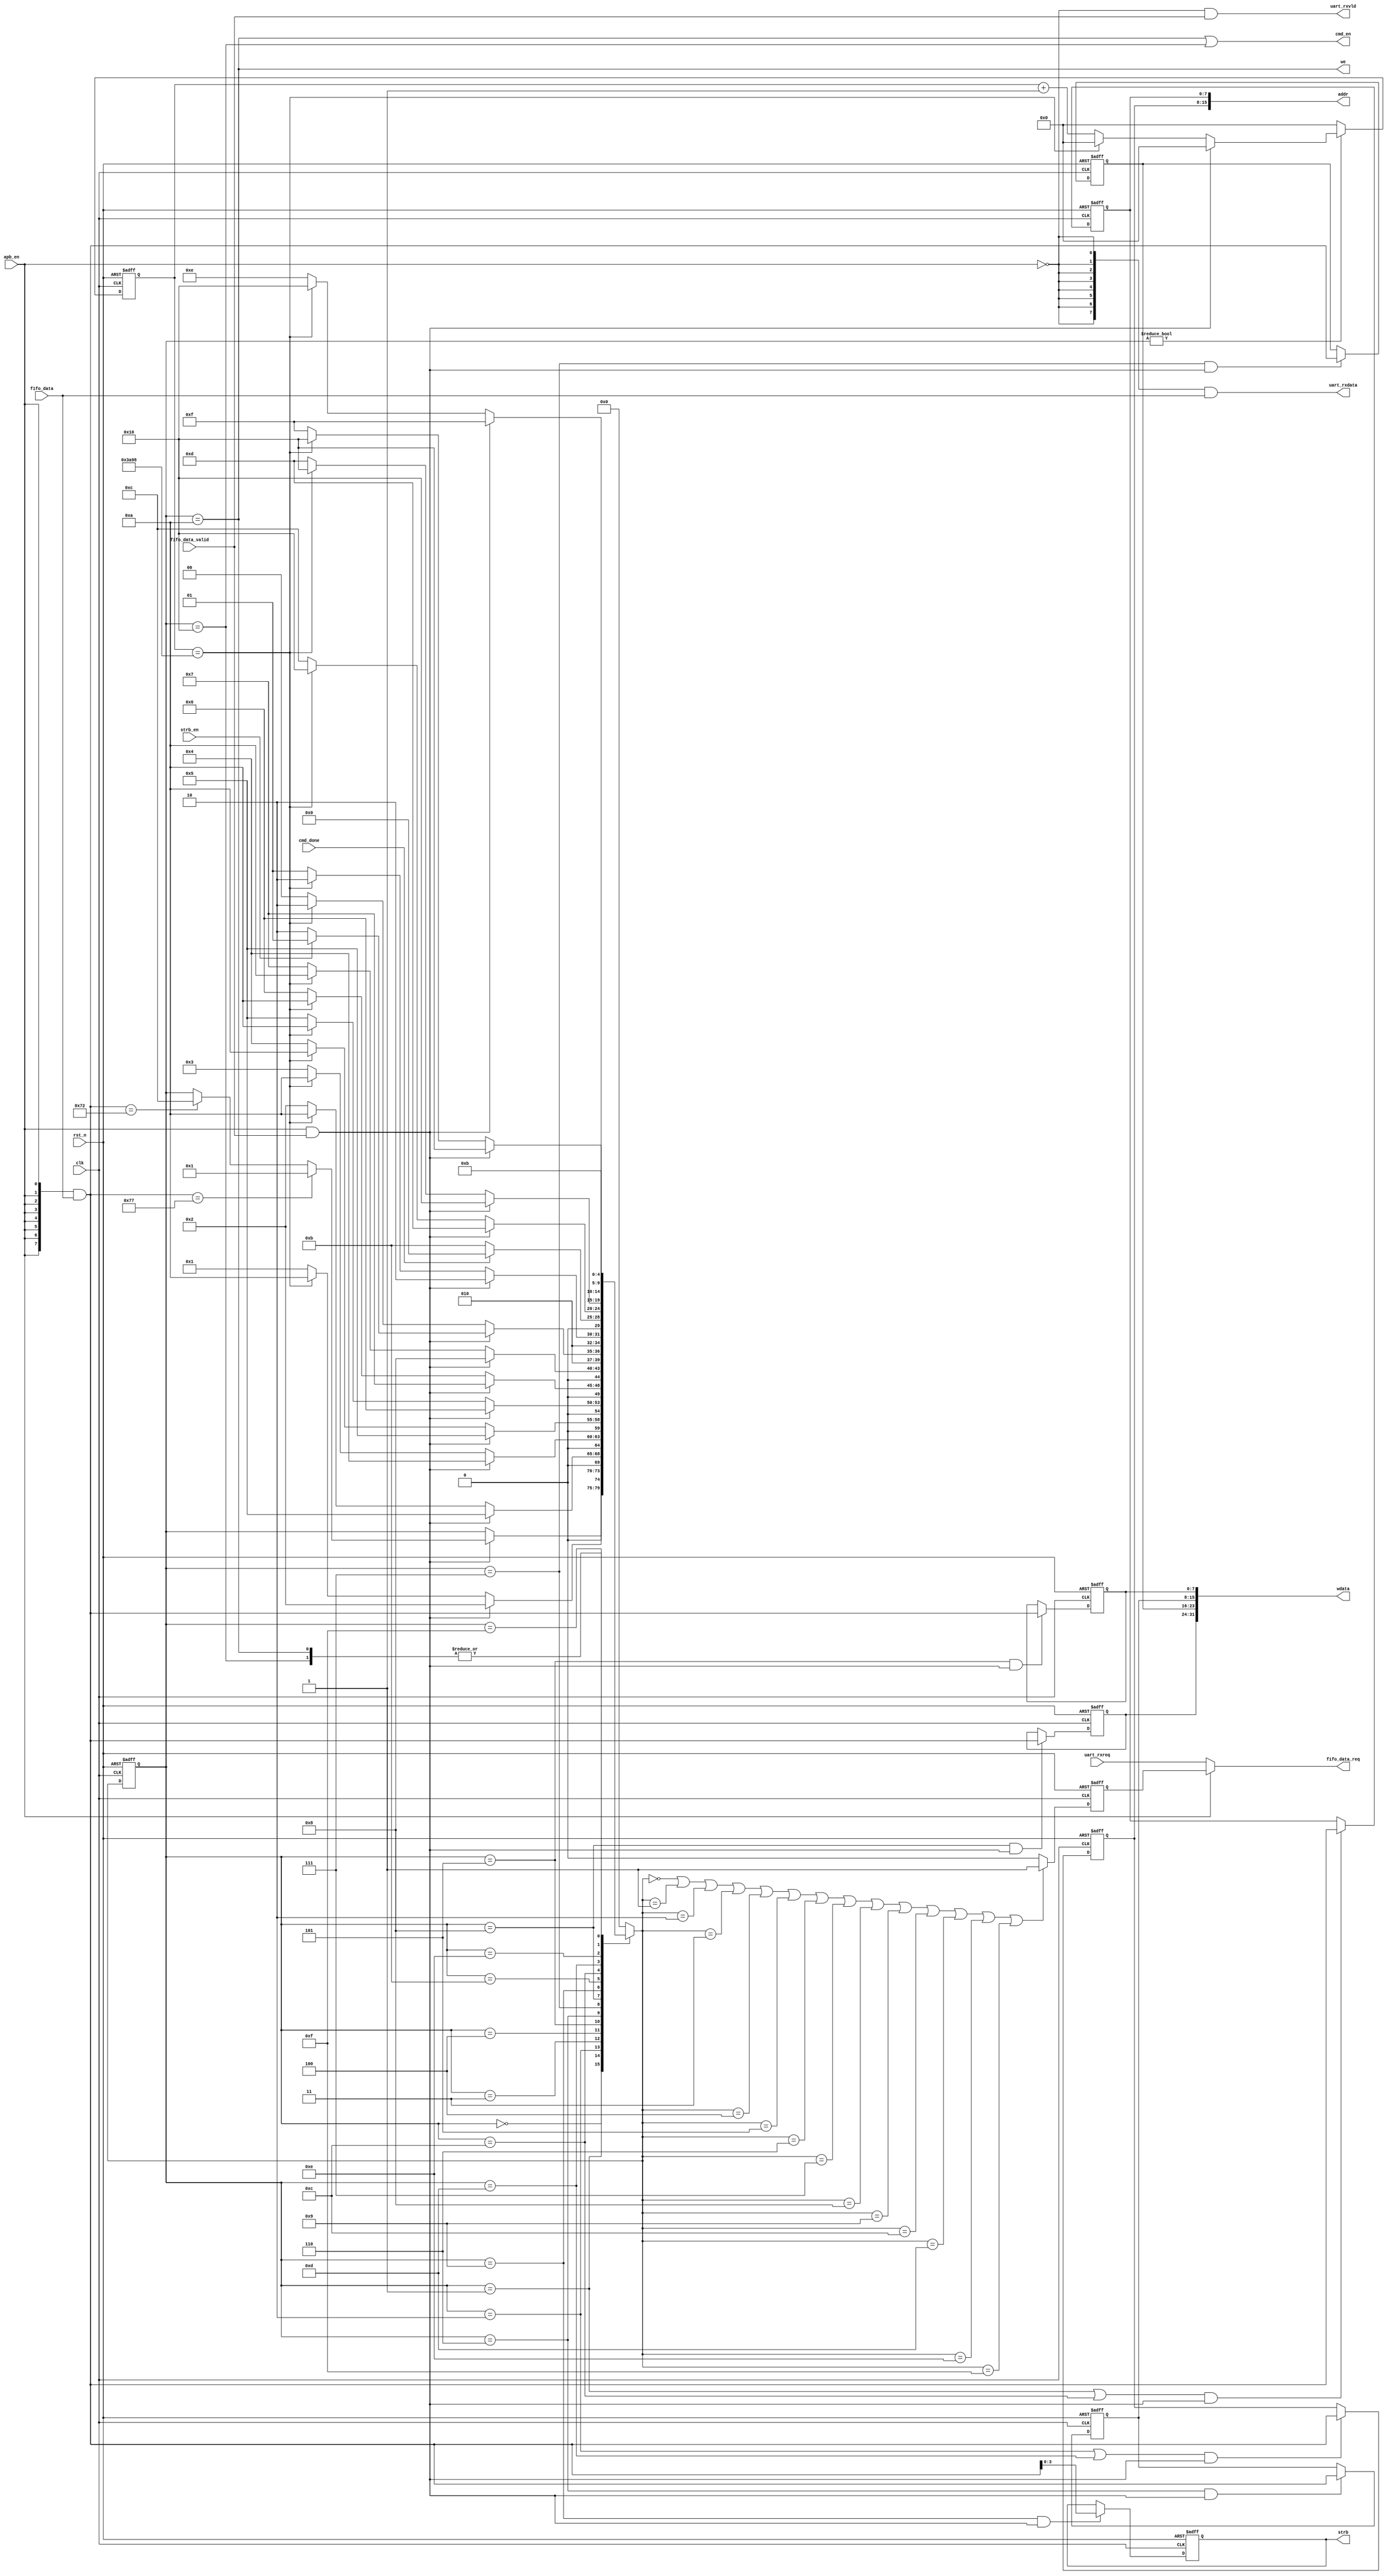
//******************************************************************
// Copyright (c) 2014 PANGO MICROSYSTEMS, INC
// ALL RIGHTS REVERVED.
//******************************************************************
`timescale 1ns/1ns
module pgr_cmd_parser_32bit#(
    parameter AW = 8'd16,
    parameter DW = 8'd32,
    parameter SW = 8'd4,
    parameter CLK_FREQ = 8'd50
)
(
    input               clk,
    input               rst_n,

    input               apb_en,
    input               strb_en,

    input       [7:0]   fifo_data,
    input               fifo_data_valid,
    output              fifo_data_req,

    output  reg [SW-1:0]  strb,
    output      [AW-1:0]  addr,
    output      [DW-1:0]  wdata,
    output                we,

    output                cmd_en,
    input                 cmd_done,

    input                  uart_rxreq,
    output        [7:0]    uart_rxdata,
    output                 uart_rxvld

);

localparam ST_IDLE      = 5'd0;
localparam ST_W_ADDR_B0 = 5'd1;
localparam ST_W_ADDR_B1 = 5'd2;
localparam ST_W_ADDR_B2 = 5'd3;
localparam ST_W_ADDR_B3 = 5'd4;
localparam ST_W_DATA_B0 = 5'd5;
localparam ST_W_DATA_B1 = 5'd6;
localparam ST_W_DATA_B2 = 5'd7;
localparam ST_W_DATA_B3 = 5'd8;
localparam ST_W_STRB    = 5'd9;
localparam ST_W_CMD     = 5'd10;
localparam ST_WAIT      = 5'd11;
localparam ST_R_ADDR_B0 = 5'd12;
localparam ST_R_ADDR_B1 = 5'd13;
localparam ST_R_ADDR_B2 = 5'd14;
localparam ST_R_ADDR_B3 = 5'd15;
localparam ST_R_CMD     = 5'd16;

localparam ASC_w = 8'h77;
localparam ASC_r = 8'h72;

reg     [4:0]   crt_st;
reg     [4:0]   nxt_st;

reg     [7:0]   addr_b0;
reg     [7:0]   addr_b1;
reg     [7:0]   addr_b2;
reg     [7:0]   addr_b3;
reg     [7:0]   data_b0;
reg     [7:0]   data_b1;
reg     [7:0]   data_b2;
reg     [7:0]   data_b3;

assign addr = {addr_b3,addr_b2,addr_b1,addr_b0};
//assign strb = addrh[3:0];
assign wdata = {data_b3,data_b2,data_b1,data_b0};
assign we = crt_st == ST_W_CMD;
assign cmd_en = (crt_st == ST_W_CMD) | (crt_st == ST_R_CMD);

//wire in_st_idle       = crt_st == ST_IDLE;
wire in_st_w_addr_b0  = crt_st == ST_W_ADDR_B0;
wire in_st_w_addr_b1  = crt_st == ST_W_ADDR_B1;
wire in_st_w_addr_b2  = crt_st == ST_W_ADDR_B2;
wire in_st_w_addr_b3  = crt_st == ST_W_ADDR_B3;
wire in_st_w_data_b0  = crt_st == ST_W_DATA_B0;
wire in_st_w_data_b1  = crt_st == ST_W_DATA_B1;
wire in_st_w_data_b2  = crt_st == ST_W_DATA_B2;
wire in_st_w_data_b3  = crt_st == ST_W_DATA_B3;
wire in_st_r_addr_b0  = crt_st == ST_R_ADDR_B0;
wire in_st_r_addr_b1  = crt_st == ST_R_ADDR_B1;
wire in_st_r_addr_b2  = crt_st == ST_R_ADDR_B2;
wire in_st_r_addr_b3  = crt_st == ST_R_ADDR_B3;
wire in_st_w_strb     = crt_st == ST_W_STRB;

wire st_idle       = nxt_st == ST_IDLE;
wire st_w_addr_b0  = nxt_st == ST_W_ADDR_B0;
wire st_w_addr_b1  = nxt_st == ST_W_ADDR_B1;
wire st_w_addr_b2  = nxt_st == ST_W_ADDR_B2;
wire st_w_addr_b3  = nxt_st == ST_W_ADDR_B3;
wire st_w_data_b0  = nxt_st == ST_W_DATA_B0;
wire st_w_data_b1  = nxt_st == ST_W_DATA_B1;
wire st_w_data_b2  = nxt_st == ST_W_DATA_B2;
wire st_w_data_b3  = nxt_st == ST_W_DATA_B3;
wire st_r_addr_b0  = nxt_st == ST_R_ADDR_B0;
wire st_r_addr_b1  = nxt_st == ST_R_ADDR_B1;
wire st_r_addr_b2  = nxt_st == ST_R_ADDR_B2;
wire st_r_addr_b3  = nxt_st == ST_R_ADDR_B3;
wire st_w_strb     = nxt_st == ST_W_STRB;


//wire wait_fifo_data = in_st_idle | in_st_w_addr_b0 | in_st_w_addr_b1 | in_st_w_addr_b2 | in_st_w_addr_b3 | in_st_w_data_b0 | in_st_w_data_b1 |
//                      in_st_w_data_b2 | in_st_w_data_b3 | in_st_w_strb | in_st_r_addr_b0 | in_st_r_addr_b1 | in_st_r_addr_b2 | in_st_r_addr_b3;

wire wait_fifo_data = st_idle | st_w_addr_b0 | st_w_addr_b1 | st_w_addr_b2 | st_w_addr_b3 | st_w_data_b0 | st_w_data_b1 |
                      st_w_data_b2 | st_w_data_b3 | st_w_strb | st_r_addr_b0 | st_r_addr_b1 | st_r_addr_b2 | st_r_addr_b3;

localparam DATA_NUM = DW / 8 - 1;
localparam ADDR_NUM = AW / 8 - 1;

wire   [7:0]   apb_fifo_data;
wire           apb_fifo_data_valid;
reg            apb_fifo_data_req;

reg [15:0]     cnt;
wire           timeout;

assign fifo_data_req = apb_en ? apb_fifo_data_req : uart_rxreq;

assign uart_rxvld = (~apb_en) & fifo_data_valid;
assign uart_rxdata = {8{~apb_en}} & fifo_data;

assign apb_fifo_data_valid = apb_en & fifo_data_valid;
assign apb_fifo_data = {8{apb_en}} & fifo_data;

assign timeout = cnt == 300 * CLK_FREQ;

always@(posedge clk or negedge rst_n)
begin
    if(~rst_n)
        cnt <= 16'b0;
    else if(crt_st != 5'd0)
    begin
        if(apb_fifo_data_valid)
            cnt <= 16'b0;
        else if(timeout)
            cnt <= 16'b0;
        else
            cnt <= cnt + 16'b1;
    end
    else
        cnt <= 16'b0;
end

always @(posedge clk or negedge rst_n)
begin
    if(~rst_n)
        crt_st <= ST_IDLE;
    else
        crt_st <= nxt_st;
end

always @(*)
begin
    nxt_st = crt_st;
    case(crt_st)
        ST_IDLE    :
        begin
            if(apb_fifo_data_valid)
            begin
                if(apb_fifo_data == ASC_w)
                    nxt_st = ST_W_ADDR_B0;
                else if(apb_fifo_data == ASC_r)
                    nxt_st = ST_R_ADDR_B0;
                else
                    nxt_st = crt_st;
            end
            else
                nxt_st = crt_st;
        end
        ST_W_ADDR_B0 :
        begin
            if(apb_fifo_data_valid)
            begin
                if(ADDR_NUM == 2'd0)
                    nxt_st = ST_W_DATA_B0;
                else
                    nxt_st = ST_W_ADDR_B1;
            end
            else
            begin
                if(timeout)
                    nxt_st = ST_W_CMD;
                else
                    nxt_st = ST_W_ADDR_B0;
            end
        end
        ST_W_ADDR_B1 :
        begin
            if(apb_fifo_data_valid)
            begin
                if(ADDR_NUM == 2'd1)
                    nxt_st = ST_W_DATA_B0;
                else
                    nxt_st = ST_W_ADDR_B2;
            end
            else
            begin
                if(timeout)
                    nxt_st = ST_W_CMD;
                else
                    nxt_st = ST_W_ADDR_B1;
            end
        end
        ST_W_ADDR_B2 :
        begin
            if(apb_fifo_data_valid)
            begin
                if(ADDR_NUM == 2'd2)
                    nxt_st = ST_W_DATA_B0;
                else
                    nxt_st = ST_W_ADDR_B3;
            end
            else
            begin
                if(timeout)
                    nxt_st = ST_W_CMD;
                else
                    nxt_st = ST_W_ADDR_B2;
            end
        end
        ST_W_ADDR_B3 :
        begin
            if(apb_fifo_data_valid)
                nxt_st = ST_W_DATA_B0;
            else
            begin
                if(timeout)
                    nxt_st = ST_W_CMD;
                else
                    nxt_st = ST_W_ADDR_B3;
            end
        end
        ST_W_DATA_B0  :
        begin
            if(apb_fifo_data_valid)
            begin
                if(DATA_NUM == 2'd0)
                begin
                    if(strb_en)
                        nxt_st = ST_W_STRB;
                    else
                        nxt_st = ST_W_CMD;
                end
                else
                    nxt_st = ST_W_DATA_B1;
            end
            else
            begin
                if(timeout)
                    nxt_st = ST_W_CMD;
                else
                    nxt_st = ST_W_DATA_B0;
            end
        end
        ST_W_DATA_B1  :
         begin
            if(apb_fifo_data_valid)
            begin
                if(DATA_NUM == 2'd1)
                begin
                    if(strb_en)
                        nxt_st = ST_W_STRB;
                    else
                        nxt_st = ST_W_CMD;
                end
                else
                    nxt_st = ST_W_DATA_B2;
            end
            else
            begin
                if(timeout)
                    nxt_st = ST_W_CMD;
                else
                    nxt_st = ST_W_DATA_B1;
            end
        end
        ST_W_DATA_B2  :
        begin
            if(apb_fifo_data_valid)
            begin
                if(DATA_NUM == 2'd2)
                begin
                    if(strb_en)
                        nxt_st = ST_W_STRB;
                    else
                        nxt_st = ST_W_CMD;
                end
                else
                    nxt_st = ST_W_DATA_B3;
            end
            else
            begin
                if(timeout)
                    nxt_st = ST_W_CMD;
                else
                    nxt_st = ST_W_DATA_B2;
            end
        end
        ST_W_DATA_B3  :
        begin
            if(apb_fifo_data_valid)
            begin
                if(strb_en)
                    nxt_st = ST_W_STRB;
                else
                    nxt_st = ST_W_CMD;
            end
            else
            begin
                if(timeout)
                    nxt_st = ST_W_CMD;
                else
                    nxt_st = ST_W_DATA_B3;
            end
        end
        ST_W_STRB  :
        begin
            if(apb_fifo_data_valid)
                nxt_st = ST_W_CMD;
            else
            begin
                if(timeout)
                    nxt_st = ST_W_CMD;
                else
                    nxt_st = ST_W_STRB;
            end
        end
        ST_W_CMD   :
        begin
            nxt_st = ST_WAIT;
        end
        ST_WAIT    :
        begin
            if(cmd_done)
                nxt_st = ST_IDLE;
            else
                nxt_st = ST_WAIT;
        end
        ST_R_ADDR_B0 :
        begin
            if(apb_fifo_data_valid)
            begin
                if(ADDR_NUM == 2'd0)
                    nxt_st = ST_R_CMD;
                else
                    nxt_st = ST_R_ADDR_B1;
            end
            else
            begin
                if(timeout)
                    nxt_st = ST_R_CMD;
                else
                    nxt_st = ST_R_ADDR_B0;
            end
        end
        ST_R_ADDR_B1 :
         begin
            if(apb_fifo_data_valid)
            begin
                if(ADDR_NUM == 2'd1)
                    nxt_st = ST_R_CMD;
                else
                    nxt_st = ST_R_ADDR_B2;
            end
            else
            begin
                if(timeout)
                    nxt_st = ST_R_CMD;
                else
                    nxt_st = ST_R_ADDR_B1;
            end
        end
        ST_R_ADDR_B2 :
         begin
            if(apb_fifo_data_valid)
            begin
                if(ADDR_NUM == 2'd2)
                    nxt_st = ST_R_CMD;
                else
                    nxt_st = ST_R_ADDR_B3;
            end
            else
            begin
                if(timeout)
                    nxt_st = ST_R_CMD;
                else
                    nxt_st = ST_R_ADDR_B2;
            end
        end
         ST_R_ADDR_B3 :
         begin
            if(apb_fifo_data_valid)
                nxt_st = ST_R_CMD;
            else
            begin
                if(timeout)
                    nxt_st = ST_R_CMD;
                else
                    nxt_st = ST_R_ADDR_B3;
            end
        end
        ST_R_CMD   :
        begin
            nxt_st = ST_WAIT;
        end
        default    :
        begin
            nxt_st = ST_IDLE;
        end
    endcase
end

always @(posedge clk or negedge rst_n)
begin
    if(~rst_n)
        addr_b0 <= 8'b0;
    else if((in_st_w_addr_b0 || in_st_r_addr_b0) && apb_fifo_data_valid)
        addr_b0 <= apb_fifo_data;
end

always @(posedge clk or negedge rst_n)
begin
    if(~rst_n)
        addr_b1 <= 8'b0;
    else if((in_st_w_addr_b1 || in_st_r_addr_b1) && apb_fifo_data_valid)
        addr_b1 <= apb_fifo_data;
end

always @(posedge clk or negedge rst_n)
begin
    if(~rst_n)
        addr_b2 <= 8'b0;
    else if((in_st_w_addr_b2 || in_st_r_addr_b2) && apb_fifo_data_valid)
        addr_b2 <= apb_fifo_data;
end

always @(posedge clk or negedge rst_n)
begin
    if(~rst_n)
        addr_b3 <= 8'b0;
    else if((in_st_w_addr_b3 || in_st_r_addr_b3) && apb_fifo_data_valid)
        addr_b3 <= apb_fifo_data;
end

always @(posedge clk or negedge rst_n)
begin
    if(~rst_n)
        data_b0 <= 8'b0;
    else if(in_st_w_data_b0 && apb_fifo_data_valid)
        data_b0 <= apb_fifo_data;
end

always @(posedge clk or negedge rst_n)
begin
    if(~rst_n)
        data_b1 <= 8'b0;
    else if(in_st_w_data_b1 && apb_fifo_data_valid)
        data_b1 <= apb_fifo_data;
end

always @(posedge clk or negedge rst_n)
begin
    if(~rst_n)
        data_b2 <= 8'b0;
    else if(in_st_w_data_b2 && apb_fifo_data_valid)
        data_b2 <= apb_fifo_data;
end

always @(posedge clk or negedge rst_n)
begin
    if(~rst_n)
        data_b3 <= 8'b0;
    else if(in_st_w_data_b3 && apb_fifo_data_valid)
        data_b3 <= apb_fifo_data;
end

always @(posedge clk or negedge rst_n)
begin
    if(~rst_n)
        strb <= 'b0;
    else if(in_st_w_strb && apb_fifo_data_valid)
        strb <= apb_fifo_data[SW-1:0];
end

always @(posedge clk or negedge rst_n)
begin
    if(~rst_n)
        apb_fifo_data_req <= 1'b0;
    else if(wait_fifo_data)
        apb_fifo_data_req <= 1'b1;
    else
        apb_fifo_data_req <= 1'b0;
end

endmodule //pgr_cmd_parser